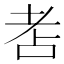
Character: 𦒻